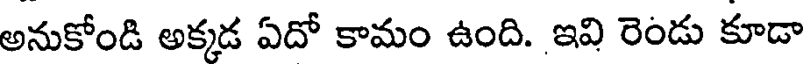
అనుకోండి అక్కడ ఏదో కామం ఉంది. ఇవి రెండు కూడా